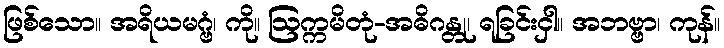
ဖြစ်သော။ အရိယမဂ္ဗံ၊ ကို။ ဩက္ကမိတုံ-အဓိဂန္တု၊ ရခြင်းငှါ။ အဘဗ္ဗာ၊ ကုန်။